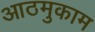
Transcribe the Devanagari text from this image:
आठमुकाम